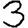
Digit: 3